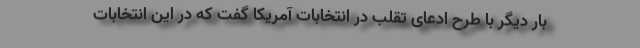
بار دیگر با طرح ادعای تقلب در انتخابات آمریکا گفت که در این انتخابات